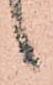
候